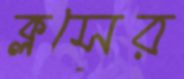
ক্লসের